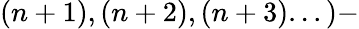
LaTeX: (n+1),(n+2),(n+3)...)-